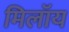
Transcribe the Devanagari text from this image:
मिलॉय